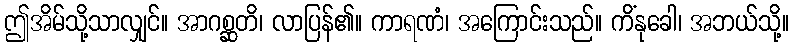
ဤအိမ်သို့သာလျှင်။ အာဂစ္ဆတိ၊ လာပြန်၏။ ကာရဏံ၊ အကြောင်းသည်။ ကိံနုခေါ၊ အဘယ်သို့။